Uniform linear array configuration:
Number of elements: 32
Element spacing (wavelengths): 0.75
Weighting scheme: uniform
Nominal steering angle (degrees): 0
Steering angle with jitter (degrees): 1.998
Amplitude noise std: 0.05
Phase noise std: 0.05

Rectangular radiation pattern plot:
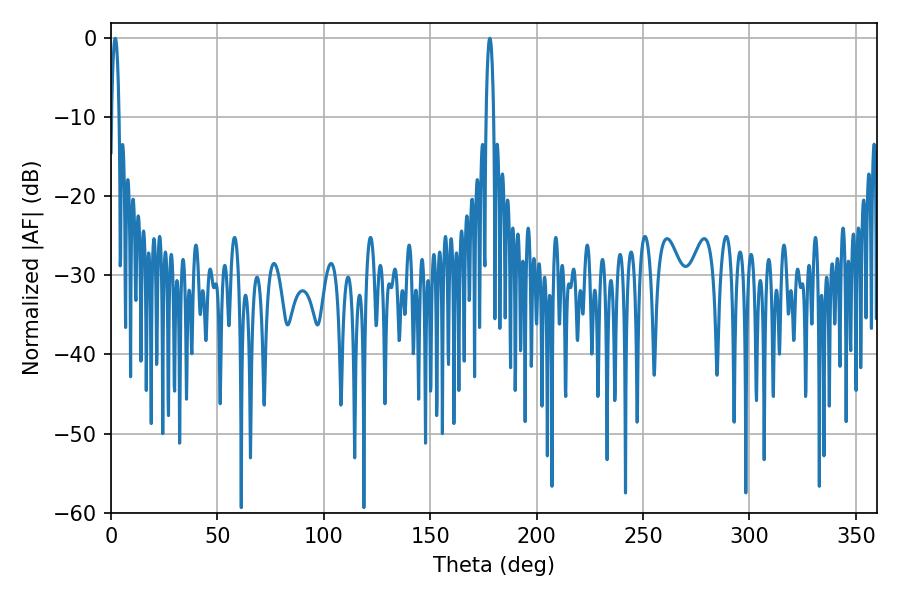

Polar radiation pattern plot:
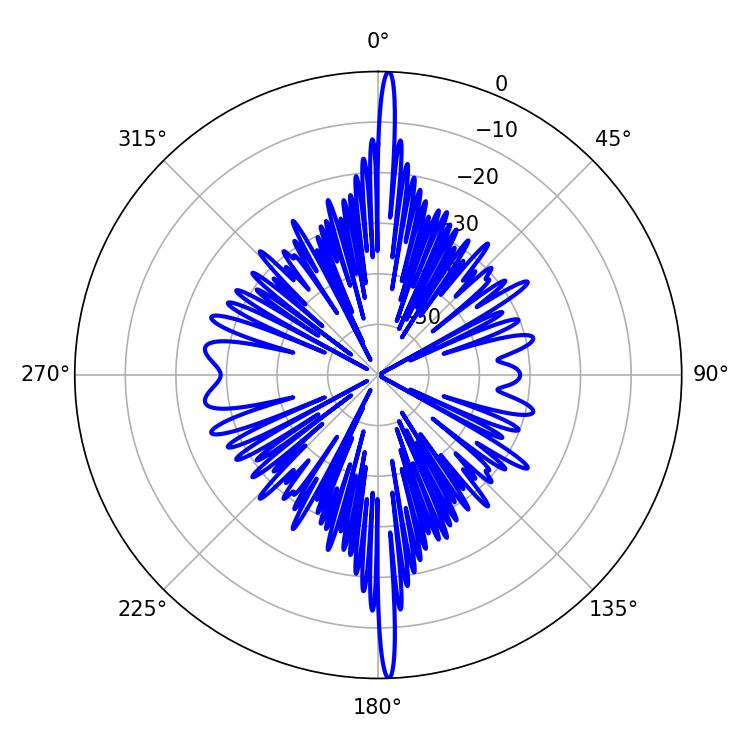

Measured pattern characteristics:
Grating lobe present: TRUE
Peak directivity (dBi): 30.044
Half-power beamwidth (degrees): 1.98
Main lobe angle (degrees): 1.98